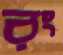
রং